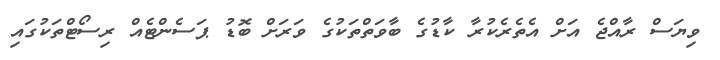
ވިޔަސް ރާއްޖެ އަށް އެތެރެކުރާ ކާޑުގެ ބާވަތްތަކުގެ ވަރަށް ބޮޑު ޕަސެންޓެއް ރިސޯޓްތަކުގައި